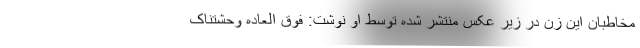
مخاطبان این زن در زیر عکس منتشر شده توسط او نوشت: فوق العاده وحشتناک